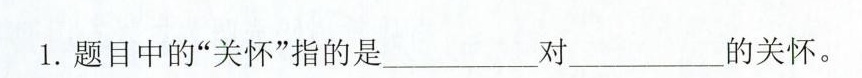
1.题目中的”关怀”指的是___________对____________的关怀。